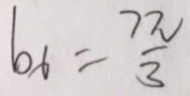
b _ { 6 } = \frac { 7 \pi } { 3 }